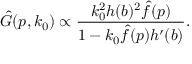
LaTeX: \hat { G } ( p , k _ { 0 } ) \propto { \frac { k _ { 0 } ^ { 2 } h ( b ) ^ { 2 } \hat { f } ( p ) } { 1 - k _ { 0 } \hat { f } ( p ) h ^ { \prime } ( b ) } } .